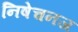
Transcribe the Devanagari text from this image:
निषेचनज